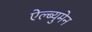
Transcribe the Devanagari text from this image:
ऐल्ब्युमेन